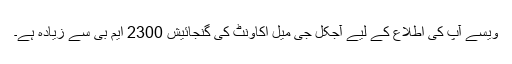
ویسے آپ کی اطلاع کے لیے آجکل جی میل اکاونٹ کی گنجائیش 2300 ایم بی سے زیادہ ہے۔